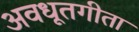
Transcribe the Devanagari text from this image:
अवधूतगीता